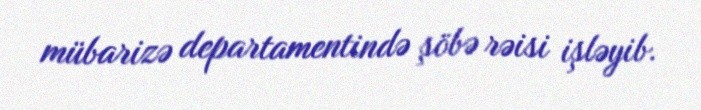
mübarizə departamentində şöbə rəisi işləyib.